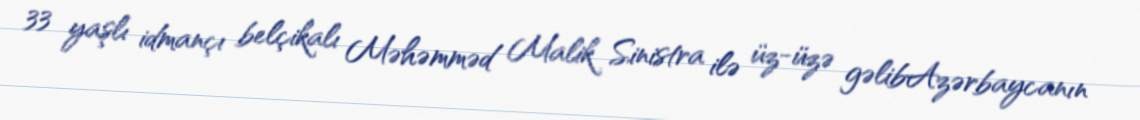
33 yaşlı idmançı belçikalı Məhəmməd Malik Sinistra ilə üz-üzə gəlibAzərbaycanın